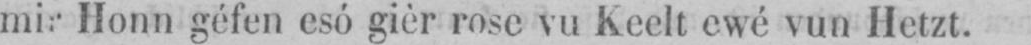
mir Honn géfen esó gièr rose vu Keelt ewé vun Hetzt.